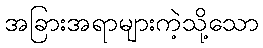
အခြားအရာများကဲ့သို့သော